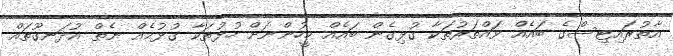
އާތުރައިޓިސްގެ ބައެއް ވައްތަރުތަކާ ގުޅިގެން ބައެއް މީހުންނަށް ހުޅުތަކާ ގުޅުމެއް ނެތް އުދަނގޫތައް